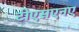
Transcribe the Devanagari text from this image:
टीएसएनए